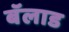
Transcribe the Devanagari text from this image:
बॅलाड